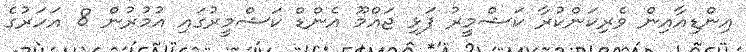
އިންޑިއާއިން ވެރިކަންކުރާ ކަޝްމީރު ފަޅި ޖައްމޫ އެންޑް ކަޝްމީރުގައި އުމުރުން 8 އަހަރުގެ